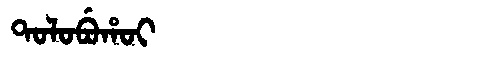
Manchu: ᡨᠣᠯᠣᠪᡠᡥᠣᡳ
Romanization: TOLOBUHOI